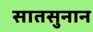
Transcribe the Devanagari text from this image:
सातसुनान